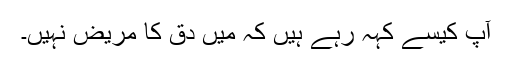
آپ کیسے کہہ رہے ہیں کہ میں دق کا مریض نہیں۔